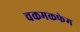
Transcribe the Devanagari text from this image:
चकमकफेम